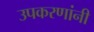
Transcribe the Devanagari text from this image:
उपकरणांनी